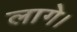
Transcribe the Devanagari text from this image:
लागे।